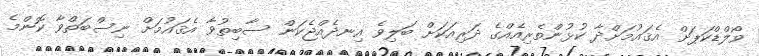
ވޯލްޑްކަޕަށް އެޤައުމަށްދާ ކުޅުންތެރިއެއްގެ ދަރިއަކަށް ބަލިވެ އިނދެއްޖެކަން ސާބިތުވާ އެޤައުމަށް ނިސްބަތްވާ ކޮންމެ